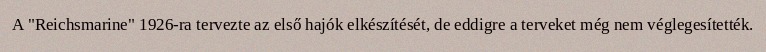
A "Reichsmarine" 1926-ra tervezte az első hajók elkészítését, de eddigre a terveket még nem véglegesítették.